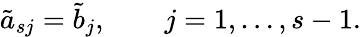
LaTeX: \tilde{a}_{sj}=\tilde{b}_{j},\qquad j=1,\ldots,s-1.